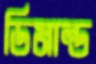
ডিমান্ড